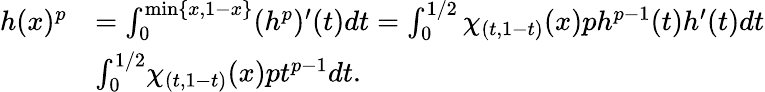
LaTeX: \begin{array}{rl}{h(x)^{p}}&{=\int_{0}^{\operatorname*{min}\{ x,1-x\} }(h^{p})^{\prime}(t)dt=\int_{0}^{1/2}\chi_{(t,1-t)}(x)ph^{p-1}(t)h^{\prime}(t)dt}\\ &{\le\int_{0}^{1/2}\chi_{(t,1-t)}(x)pt^{p-1}dt.}\end{array}